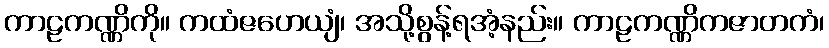
ကာဠကဏ္ဏိကို။ ကထံဇဟေယျံ၊ အသို့စွန့်ရအံ့နည်း။ ကာဠကဏ္ဏိကဇာတကံ၊